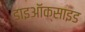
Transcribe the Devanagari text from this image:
डाइऑक्‍साइड